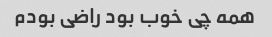
همه چی خوب بود راضی بودم